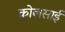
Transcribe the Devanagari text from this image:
कोलसाई